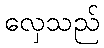
လှေသည်